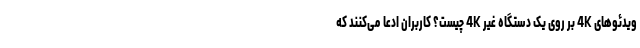
ویدئوهای 4K بر روی یک دستگاه غیر 4K چیست؟ کاربران ادعا می‌کنند که